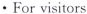
· For visitors